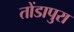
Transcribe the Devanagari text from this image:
तोंडापुरा